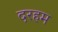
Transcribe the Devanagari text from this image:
दरहम